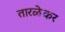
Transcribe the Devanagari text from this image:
तारळेकर